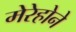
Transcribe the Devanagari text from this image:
मेरेहोने